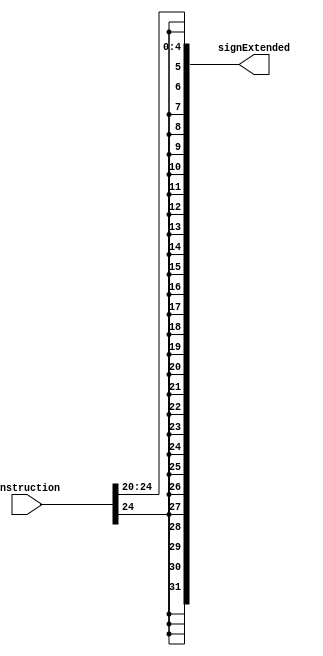
module ShamtSignExtend32b (
    instruction,
    signExtended
);
    input wire [31:0] instruction;
    output wire [31:0] signExtended;

    assign signExtended = {
        {27 {instruction[24]}},
        instruction[24:20]
    };

endmodule